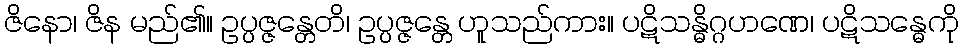
ဇိနော၊ ဇိန မည်၏။ ဥပ္ပဇ္ဇန္တေတိ၊ ဥပ္ပဇ္ဇန္တေ ဟူသည်ကား။ ပဋိသန္ဓိဂ္ဂဟဏေ၊ ပဋိသန္ဓေကို